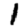
Digit: 1